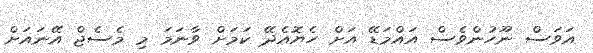
އަވަސް ނޫހުންވެސް އައްމަޑޭ އަށް ހެޔޮއެދޭ ކަމަށް ވާނަމަ މި މެސެޖް އޭނައަށް